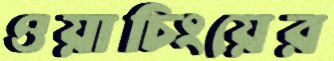
ওয়াচিংয়ের